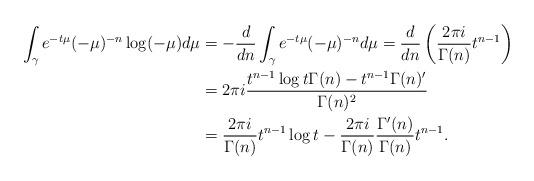
LaTeX: \begin{align*}\int_{\gamma}e^{-t\mu}(-\mu)^{-n}\log(-\mu)d\mu&=-\frac{d}{dn}\int_{\gamma}e^{-t\mu}(-\mu)^{-n}d\mu=\frac{d}{dn}\left(\frac{2\pi i}{\Gamma(n)}t^{n-1}\right)\\&=2\pi i\frac{t^{n-1}\log t\Gamma(n)-t^{n-1}\Gamma(n)'}{\Gamma(n)^2}\\&=\frac{2\pi i}{\Gamma(n)}t^{n-1}\log t-\frac{2\pi i}{\Gamma(n)}\frac{\Gamma'(n)}{\Gamma(n)}t^{n-1}.\end{align*}